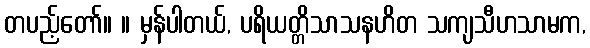
တပည့်တော်။ ။ မှန်ပါတယ်, ပရိယတ္တိသာသနဟိတ သကျသီဟသာမက,